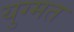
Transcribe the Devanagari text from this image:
युग्मत